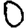
Digit: 0